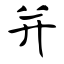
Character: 并